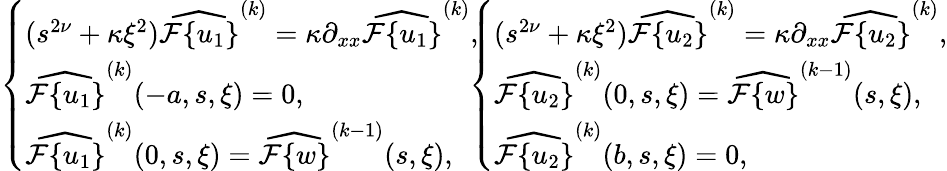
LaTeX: \begin{array}{rcll}{\left\{ \begin{array}{ll}{(s^{2\nu}+\kappa\xi^{2})\widehat{\mathcal{F}\{ u_{1}\} }^{(k)}=\kappa\partial_{xx}\widehat{\mathcal{F}\{ u_{1}\} }^{(k)},}\\ {\widehat{\mathcal{F}\{ u_{1}\} }^{(k)}(-a,s,\xi)=0,}\\ {\widehat{\mathcal{F}\{ u_{1}\} }^{(k)}(0,s,\xi)=\widehat{\mathcal{F}\{ w\} }^{(k-1)}(s,\xi),}\end{array}\right.}\end{array}\! \! \begin{array}{rcll}{\left\{ \begin{array}{ll}{(s^{2\nu}+\kappa\xi^{2})\widehat{\mathcal{F}\{ u_{2}\} }^{(k)}=\kappa\partial_{xx}\widehat{\mathcal{F}\{ u_{2}\} }^{(k)},}\\ {\widehat{\mathcal{F}\{ u_{2}\} }^{(k)}(0,s,\xi)=\widehat{\mathcal{F}\{ w\} }^{(k-1)}(s,\xi),}\\ {\widehat{\mathcal{F}\{ u_{2}\} }^{(k)}(b,s,\xi)=0,}\end{array}\right.}\end{array}